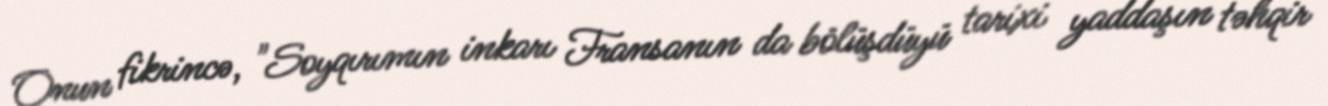
Onun fikrincə, "Soyqırımın inkarı Fransanın da bölüşdüyü tarixi yaddaşın təhqir